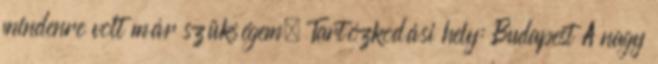
mindenre volt már szükségem. Tartózkodási hely: Budapest A nagy